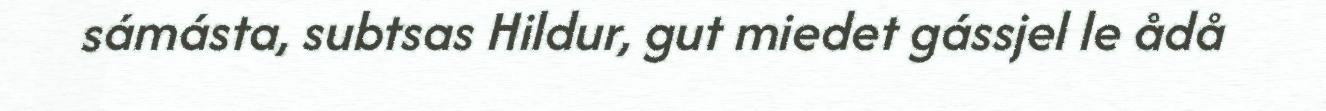
sámásta, subtsas Hildur, gut miedet gássjel le ådå